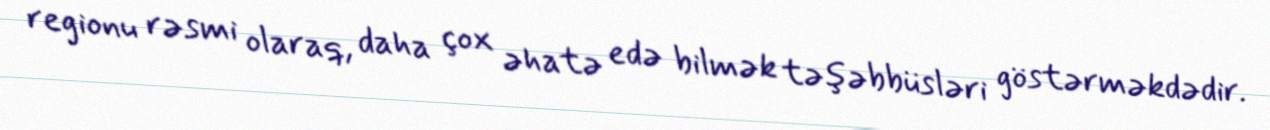
regionu rəsmi olaraq, daha çox əhatə edə bilmək təşəbbüsləri göstərməkdədir.